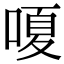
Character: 嗄